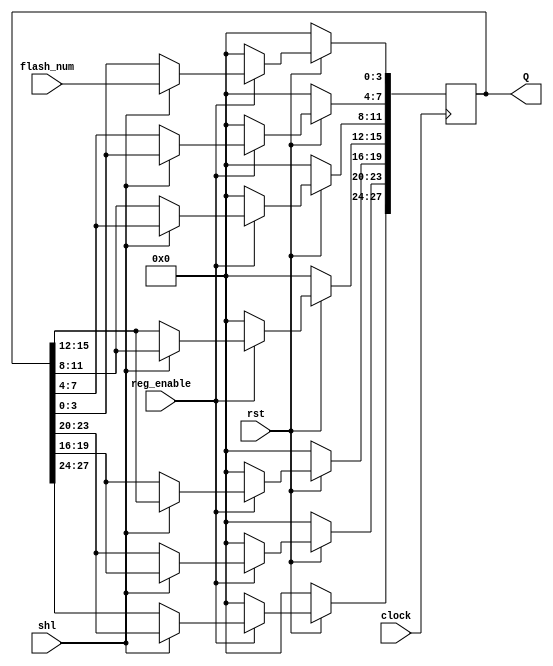
module shift_reg_28(flash_num,reg_enable,shl,Q,clock,rst);
 input shl,reg_enable,rst,clock;
 input [3:0] flash_num;
 output [27:0] Q;
 reg [27:0] R;

always @(posedge clock)
begin
 if(rst==0)
 R<=28'b0;
 else if (reg_enable==1)
 begin
  if(shl==1)
  begin
  R[3:0]<=flash_num;
  R[7:4]<=R[3:0];
  R[11:8]<=R[7:4];
  R[15:12]<=R[11:8];
  R[19:16]<=R[15:12];
  R[23:20]<=R[19:16];
  R[27:24]<=R[23:20];
  end
  else R<=R;
 end
 else R<=28'b0;
end
assign Q=R; 
endmodule